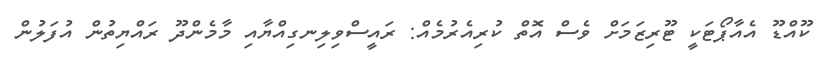
ކޫއްޑޫ އެއާޕޯޓަކީ ޓޫރިޒަމަށް ވެސް އޮތް ކުރިއެރުމެއް: ރައީސްވިލިނގިއްޔާއި މާމެންދޫ ރައްޔިތުން އުފަލުން